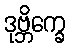
ဒုဗ္ဘိက္ခေ